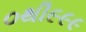
૦થી૯૯૯